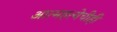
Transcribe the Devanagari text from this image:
आत्महत्येचीही